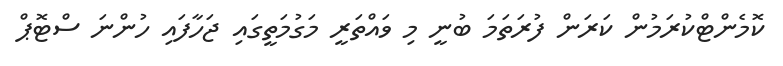
ކޮމެންޓްކުރަމުން ކަރަން ފުރަތަމަ ބުނީ މި ވައްތަރީ މަގުމަތީގައި ޖަހާފައި ހުންނަ ސްޓޮޕް